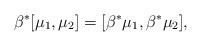
LaTeX: \begin{align*}\beta^*[\mu_1, \mu_2] = [\beta^*\mu_1, \beta^*\mu_2],\end{align*}